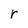
Character: r